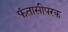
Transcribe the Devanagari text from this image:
फंतासीपरक